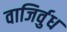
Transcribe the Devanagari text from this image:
वाजिर्वुध